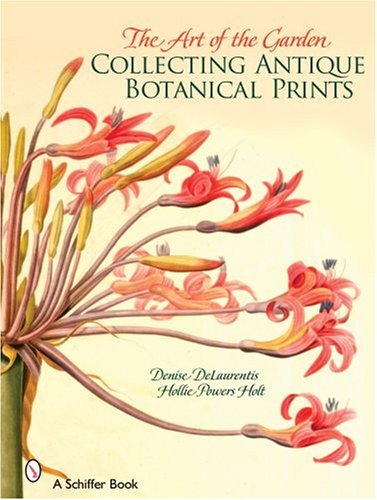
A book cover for The Art of the Garden: Collecting Antique Botanical Prints; Denise DeLaurentis; Crafts, Hobbies & Home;